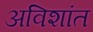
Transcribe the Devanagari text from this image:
अविशांत